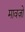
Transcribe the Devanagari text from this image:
मावज़ो